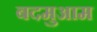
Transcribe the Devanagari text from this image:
बदमुआम